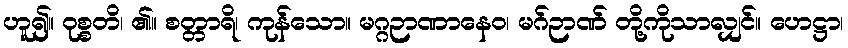
ဟူ၍။ ဝုစ္စတိ၊ ၏။ စတ္တာရိ၊ ကုန်သော။ မဂ္ဂဉာဏာနေဝ၊ မဂ်ဉာဏ် တို့ကိုသာလျှင်။ ဟေဋ္ဌာ၊